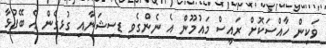
ވަކިން ހާއްސަކޮށް ރައީސް މައުމޫން އެ ނެންގެވި ޑިސިޝަނާއި ގުޅިގެން އެ ބޭފުޅާ